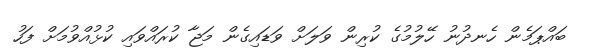
ބައްޕަމެން ހެނދުނު ހޭލުމުގެ ކުރިން ވަލަށް ވަޑައިގެން މަޖާ ކުރައްވައި ކުޅުއްވުމަށް ފަހު